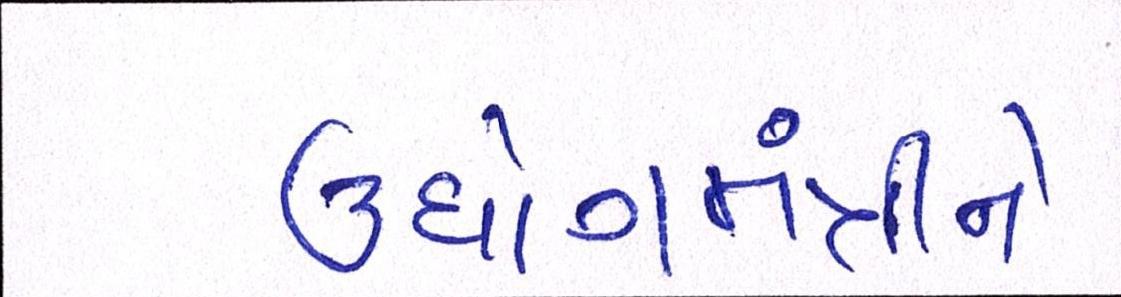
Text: ઉધોગમંત્રીને